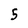
Character: 5